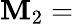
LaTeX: \mathbf{M}_{2}=